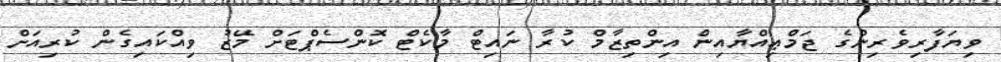
ވިޔަފާރިވެރިންގެ ޖަމްޢިއްޔާއިން އިންތިޒާމް ކުރާ ނައިޓް މާކެޓް ކޮންސެޕްޓަށް މޭޒު ވިއްކައިގެން ކުރިއަށް